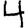
Digit: 4